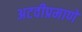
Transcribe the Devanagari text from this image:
अटवीप्रमाणे